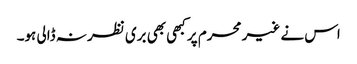
اس نے غیر محرم پر کبھی بھی بری نظر نہ ڈالی ہو۔